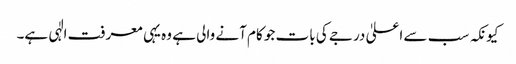
کیونکہ سب سے اعلیٰ درجے کی بات جو کام آنے والی ہے وہ یہی معرفت الٰہی ہے۔